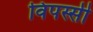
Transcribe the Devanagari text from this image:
विपस्सी